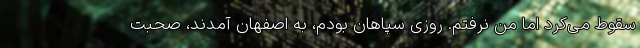
سقوط می‌کرد اما من نرفتم. روزی سپاهان بودم، به اصفهان آمدند، صحبت